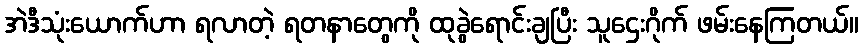
အဲဒီသုံးယောက်ဟာ ရလာတဲ့ ရတနာတွေကို ထုခွဲရောင်းချပြီး သူဌေးဂိုက် ဖမ်းနေကြတယ်။